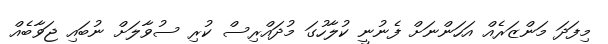
މިފަދަ މަންޒަރެއް އަހަންނަށް ފެނުނީ ކުލާހުގަ މުދައްރިސް ކުރި ސުވާލަށް ނުބައި ޖަވާބެއް